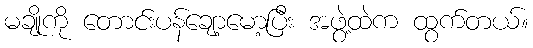
မချိုကို တောင်းပန်ချော့မော့ပြီး အဖွဲ့ထဲက ထွက်တယ်။